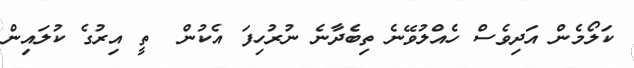
ކަލޯމެން އަދިވެސް ހެއްލުވޭނެ ތިބެދާނެ ނުރުހިފަ އެކުން  ތީ އިރުގެ ކުލައިން